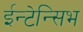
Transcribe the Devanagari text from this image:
ईन्टेन्सिभ